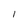
Character: l